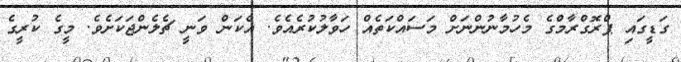
ގަޑީގައި ޕްރޮގްރާމްގެ މެހުމާނުންނަށް މަސައްކަތެއް ހަވާލުކުރެއެވެ. އެކަން ވަނީ ޗެލެންޖަކަށެވެ. މީގެ ކުރީގެ